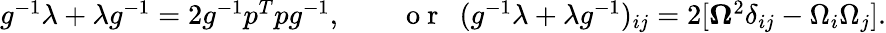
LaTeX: \begin{array}{r}{g^{-1}\lambda+\lambda g^{-1}=2g^{-1}p^{T}pg^{-1},\qquad\mathrm{~o~r~}~~(g^{-1}\lambda+\lambda g^{-1})_{ij}=2[{\boldsymbol\Omega}^{2}\delta_{ij}-\Omega_{i}\Omega_{j}].}\end{array}